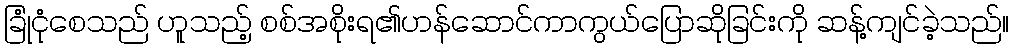
ခြုံငုံစေသည် ဟူသည့် စစ်အစိုးရ၏ဟန်ဆောင်ကာကွယ်ပြောဆိုခြင်းကို ဆန့်ကျင်ခဲ့သည်။